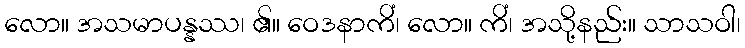
လော။ အသမာပန္နဿ၊ ၏။ ဝေဒနာကိံ၊ လော။ ကိံ၊ အသို့နည်း။ သာသဝါ၊